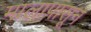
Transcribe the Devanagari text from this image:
मालापासून